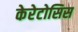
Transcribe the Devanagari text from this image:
केरेटोसिस